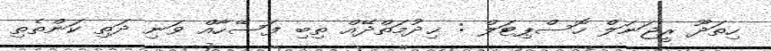
ހިތަދޫ ރީޖަނަލް ހޮސްޕިޓަލް : ޚިދުމަތްދޭއް ތިބި ފަސޭހާއް ވަނި ދަތި ކަންތެތި